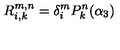
R _ { i , k } ^ { m , n } = \delta _ { i } ^ { m } P _ { k } ^ { n } ( \alpha _ { 3 } )